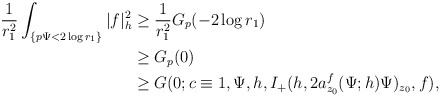
\begin{align*} \frac{1}{r_1^2}\int_{\{p\Psi<2\log r_1\}}|f|^2_h&\ge \frac{1}{r_1^2}G_{p}(-2\log r_1)\\ &\ge G_{p}(0)\\ &\ge G(0;c\equiv1,\Psi,h,I_+(h,2a_{z_0}^f(\Psi;h)\Psi)_{z_0},f), \end{align*}